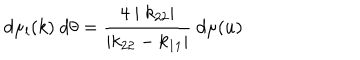
LaTeX: d \mu _ { l } ( k ) ~ d \theta = \frac { 4 \mid k _ { 2 2 } \mid } { \mid k _ { 2 2 } - k _ { 1 1 } \mid } ~ d \mu ( u )